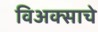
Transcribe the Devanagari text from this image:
विअक्साचे